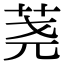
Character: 荛